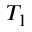
T _ { 1 }